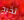
تخرج